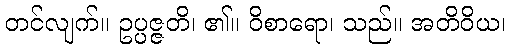
တင်လျက်။ ဥပ္ပဇ္ဇတိ၊ ၏။ ဝိစာရော၊ သည်။ အတိဝိယ၊